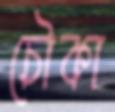
চৌকা